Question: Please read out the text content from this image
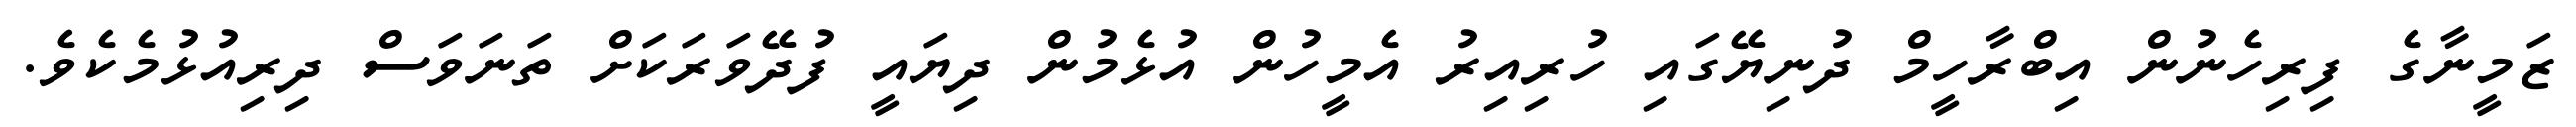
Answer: ޒަމީނާގެ ފިރިހެނުން އިބްރާހީމް ދުނިޔޭގައި ހުރިއިރު އެމީހުން އުޅެމުން ދިޔައީ ފުދޭވަރަކަށް ތަނަވަސް ދިރިއުޅުމެކެވެ.